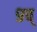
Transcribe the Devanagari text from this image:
९च्